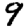
Digit: 9